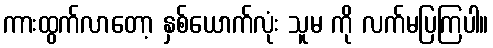
ကားထွက်လာတော့ နှစ်ယောက်လုံး သူမ ကို လက်မပြကြပါ။